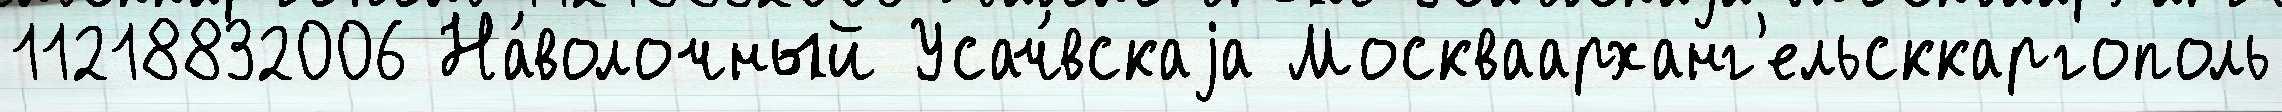
11218832006 На́волочный Усач́вскаjа Москваарханг'ельсккаргополь